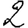
Digit: 2